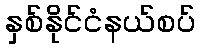
နှစ်နိုင်ငံနယ်စပ်